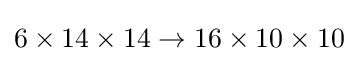
6\times 14\times 14\to 16\times 10\times 10